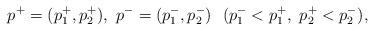
LaTeX: \begin{align*}p^+=(p^+_1,p^+_2),\ p^-=(p^-_1,p^-_2)\ \ ( p^-_1<p^+_1,\ p^+_2<p^-_2),\end{align*}